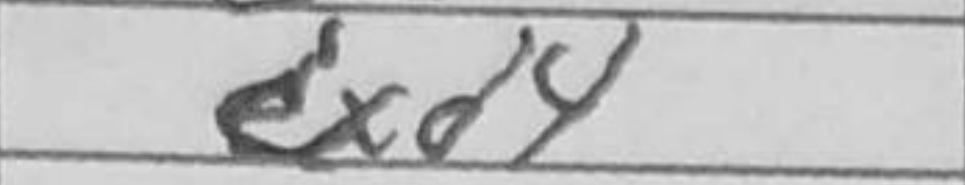
Transcription: exd4